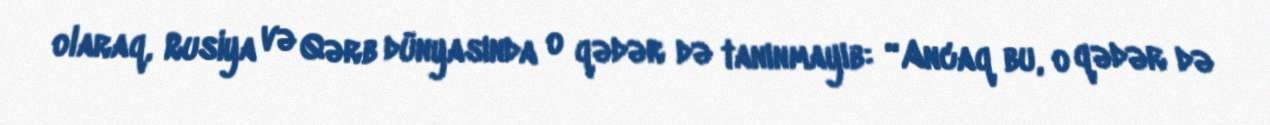
olaraq, Rusiya və Qərb dünyasında o qədər də tanınmayıb: “Ancaq bu, o qədər də